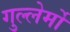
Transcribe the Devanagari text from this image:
गुल्लेर्मो